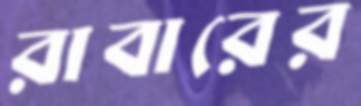
রাবারের